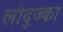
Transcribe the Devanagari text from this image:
लोद्ज्का